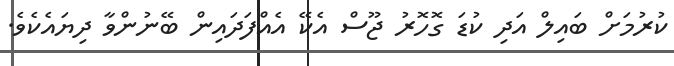
ކުރުމަށް ބައިލް އަދި ކުޑަ ގޮހޮރު ޖޫސް އެކޭ އެއްފަދައިން ބޭނުންވާ ދިޔައެކެވެ.